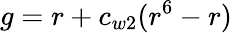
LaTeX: g=r+c_{w2}(r^{6}-r)